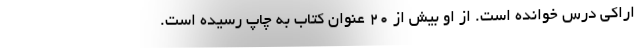
اراکی درس خوانده است. از او بیش از ۲۰ عنوان کتاب به چاپ رسیده است.